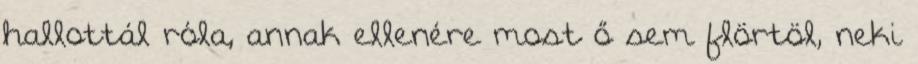
hallottál róla, annak ellenére most ő sem flörtöl, neki